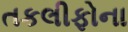
તકલીફોના